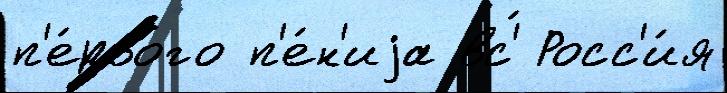
п'е́рвого п'е́н'иjа вс'́ Росс'и́я